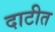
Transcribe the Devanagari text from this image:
दाटीत